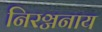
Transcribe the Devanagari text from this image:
निरञ्जनाय